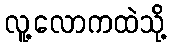
လူ့လောကထဲသို့